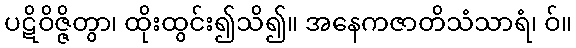
ပဋိဝိဇ္ဇိတွာ၊ ထိုးထွင်း၍သိ၍။ အနေကဇာတိသံသာရံ၊ ဝ်။